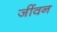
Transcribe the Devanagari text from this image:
जींवन